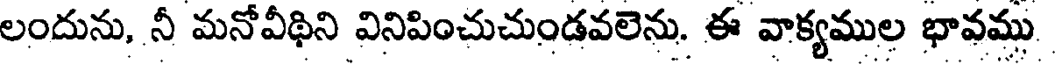
లందును, నీ మనోవీథిని వినిపించుచుండవలెను. ఈ వాక్యముల భావము